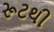
રૂટથી